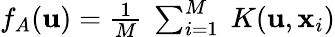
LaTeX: \begin{array}{r}{f_{A}(\mathbf{u})=\frac{1}{M}~\sum_{i=1}^{M}~K(\mathbf{u},\mathbf{x}_{i})}\end{array}